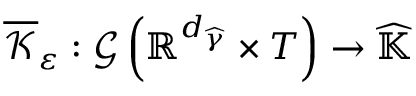
\overline { { \mathcal { K } } } _ { \varepsilon } : \mathcal { G } \left( \mathbb { R } ^ { d _ { \widehat { \gamma } } } \times T \right) \rightarrow \widehat { \mathbb { K } }